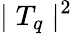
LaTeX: \mid T_{q}\mid^{2}